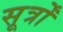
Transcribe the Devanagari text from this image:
सूर्त्रों